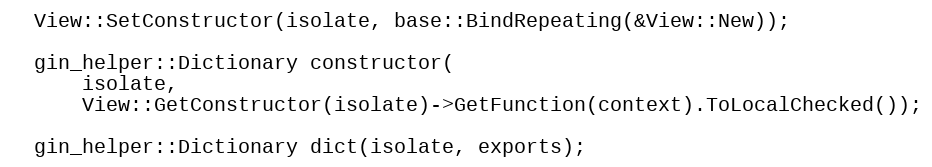
Language: C++
  View::SetConstructor(isolate, base::BindRepeating(&View::New));

  gin_helper::Dictionary constructor(
      isolate,
      View::GetConstructor(isolate)->GetFunction(context).ToLocalChecked());

  gin_helper::Dictionary dict(isolate, exports);